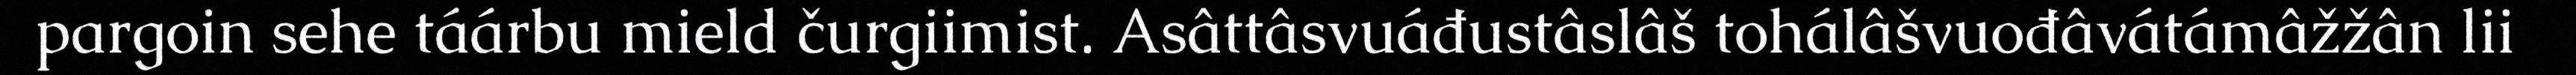
pargoin sehe táárbu mield čurgiimist. Asâttâsvuáđustâslâš tohálâšvuođâvátámâžžân lii